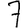
Digit: 7